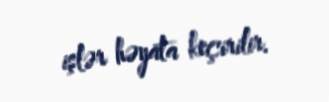
işlər həyata keçirilir.